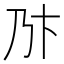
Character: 𠂪